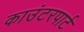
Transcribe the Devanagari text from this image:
काउंटरपार्ट